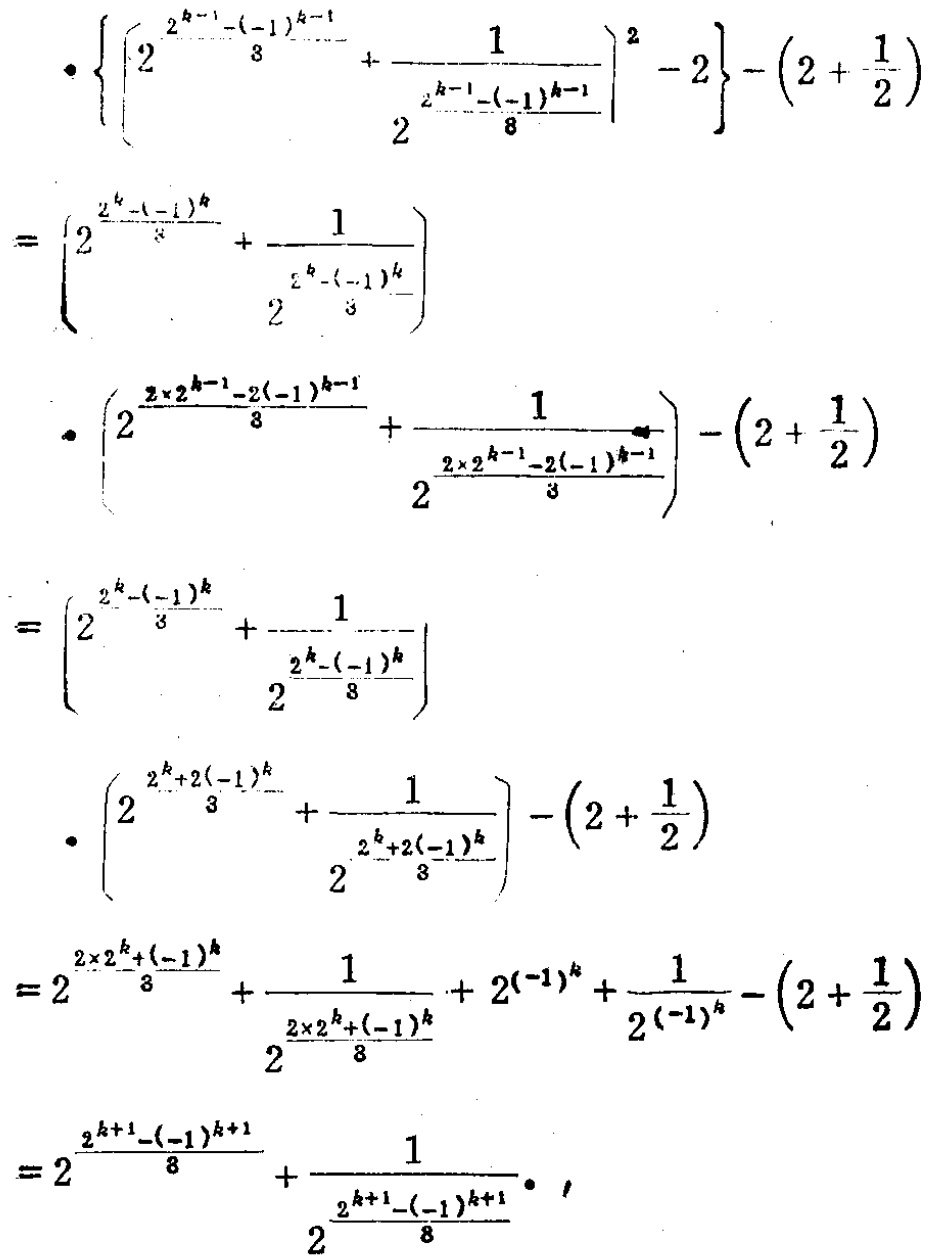
\[

\begin{align*}

&\cdot\left\{\left[2^{\frac{2^{k - 1}-(-1)^{k - 1}}{3}}+\frac{1}{2^{\frac{2^{k - 1}-(-1)^{k - 1}}{8}}}\right]^2 - 2\right\}-\left(2+\frac{1}{2}\right)\\

=&\left(2^{\frac{2^{k}-(-1)^{k}}{3}}+\frac{1}{2^{\frac{2^{k}-(-1)^{k}}{8}}}\right)\\

&\cdot\left(2^{\frac{2\times2^{k - 1}-2(-1)^{k - 1}}{3}}+\frac{1}{2^{\frac{2\times2^{k - 1}-2(-1)^{k - 1}}{3}}}\right)-\left(2+\frac{1}{2}\right)\\

=&\left(2^{\frac{2^{k}-(-1)^{k}}{3}}+\frac{1}{2^{\frac{2^{k}-(-1)^{k}}{8}}}\right)\\

&\cdot\left(2^{\frac{2^{k}+2(-1)^{k}}{3}}+\frac{1}{2^{\frac{2^{k}+2(-1)^{k}}{3}}}\right)-\left(2+\frac{1}{2}\right)\\

=&2^{\frac{2\times2^{k}+(-1)^{k}}{3}}+\frac{1}{2^{\frac{2\times2^{k}+(-1)^{k}}{8}}}+2^{(-1)^{k}}+\frac{1}{2^{(-1)^{k}}}-\left(2+\frac{1}{2}\right)\\

=&2^{\frac{2^{k + 1}-(-1)^{k + 1}}{8}}+\frac{1}{2^{\frac{2^{k + 1}-(-1)^{k + 1}}{8}}}\cdot,

\end{align*}

\]